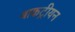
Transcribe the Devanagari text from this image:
बाकट्रीयन